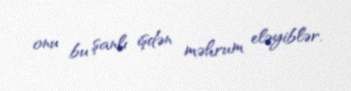
onu bu şanlı işdən məhrum eləyiblər.